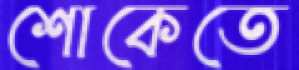
শোকেতে